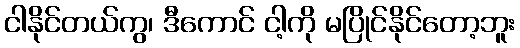
ငါနိုင်တယ်ကွ၊ ဒီကောင် ငါ့ကို မပြိုင်နိုင်တော့ဘူး